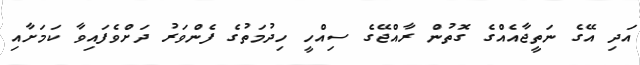
އަދި އޭގެ ނަތީޖާއެއްގެ ގޮތުން ރާއްޖޭގެ ސިއްހީ ހިދުމަތުގެ ފެންވަރު ދަށްވެފައިވާ ކަމަށާއި